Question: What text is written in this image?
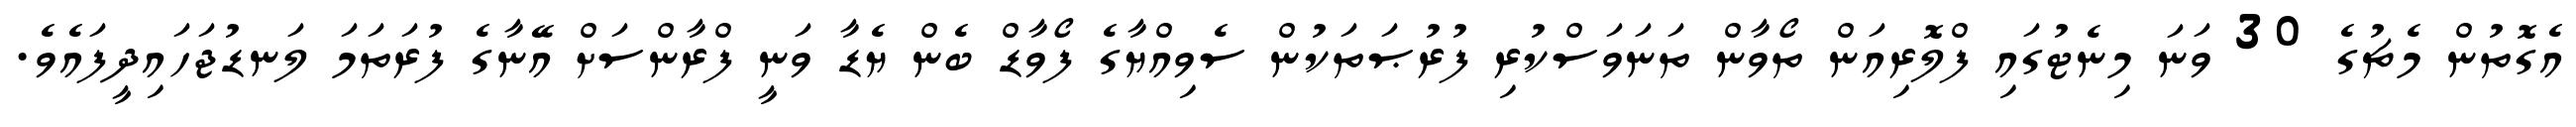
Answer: އެގޮތުން މެޗުގެ 30 ވަނަ މިނެޓުގައި ފްލޮރިއަން ތޯވާން ތަނަވަސްކުރި ފުރުޞަތަކުން ސެވިއްޔާގެ ފޯވާޑް ބެން ޔެޑާ ވަނީ ފްރާންސަށް އޭނާގެ ފުރަތަމަ ލަނޑުޖަހައިދީފައެވެ.